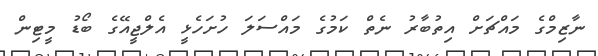
ނާޒިމްގެ މައްޗަށް އިތުބާރު ނެތް ކަމުގެ މައްސަލަ ހުށަހެޅީ އެލްޖީއޭގެ ބޯޑު މީޓިން